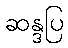
ဆန္ဒပြ